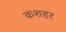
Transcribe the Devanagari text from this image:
कशहर